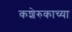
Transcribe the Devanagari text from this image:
कशेरुकाच्या